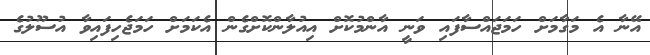
އޭނާ އެ މަގާމަށް ހަމަޖައްސާފައި ވަނީ އާންމުކޮށް އިއުލާންކޮށްގެން އެކަމަށް ހަމަޖެހިފައިވާ އުސޫލުގެ